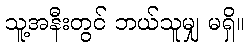
သူ့အနီးတွင် ဘယ်သူမျှ မရှိ။